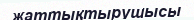
жаттықтырушысы